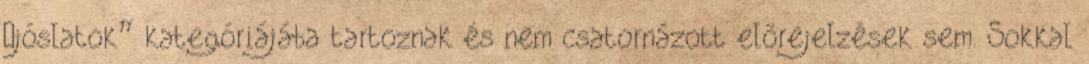
„jóslatok” kategóriájába tartoznak és nem csatornázott előrejelzések sem. Sokkal